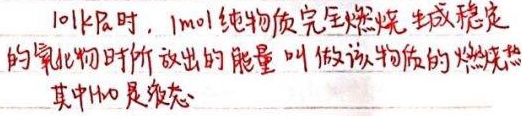
101kPa时，1mol纯物质完全燃烧生成稳定的氧化物时所放出的能量叫做该物质的燃烧热，其中\(\mathrm{H_2O}\)是液态。